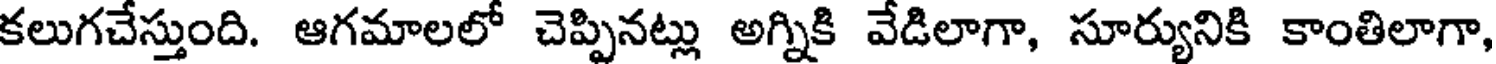
కలుగచేస్తుంది. ఆగమాలలో చెప్పినట్లు అగ్నికి వేడిలాగా, సూర్యునికి కాంతిలాగా,